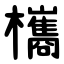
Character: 欈